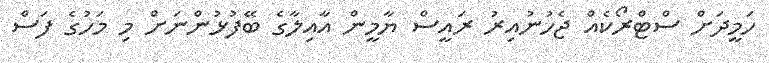
ހަމީދަށް ސްޓްރޯކެއް ޖެހުނުއިރު ރައީސް ޔާމީން އާއިލާގެ ބޭފުޅުންނަށް މި މަހުގެ ފަސް